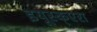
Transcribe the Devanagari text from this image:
इयूस्क्एरा